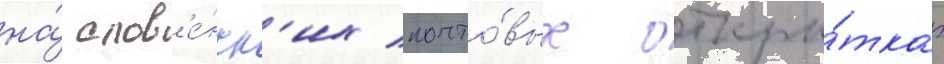
на́ слов'е́нск'их почто́вых откры́тках